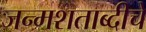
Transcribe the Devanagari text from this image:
जन्मशताब्दीचे